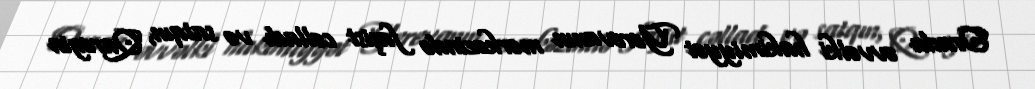
Orada əvvəlki hakimiyyət Yerevanın mərkəzində faşist cəlladı və satqın, Qaregin